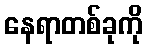
နေရာတစ်ခုကို